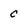
Character: C